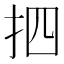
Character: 𢪾